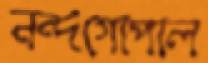
নন্দগোপাল